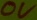
Text: 0V